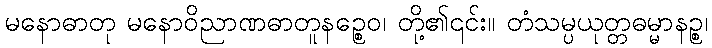
မနောဓာတု မနောဝိညာဏဓာတူနဉ္စေဝ၊ တို့၏၎င်း။ တံသမ္ပယုတ္တဓမ္မာနဉ္စ၊